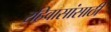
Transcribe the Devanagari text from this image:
रहिवासांसाठी